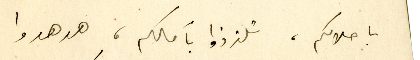
باحلامكم، تلذذوا بآمالكم، هدهدوا